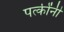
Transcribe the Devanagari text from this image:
पत्कींनी